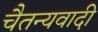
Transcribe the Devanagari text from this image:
चैतन्यवादी